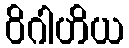
ဝိဂါဟိယ